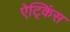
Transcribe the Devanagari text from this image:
ऐट्किंस